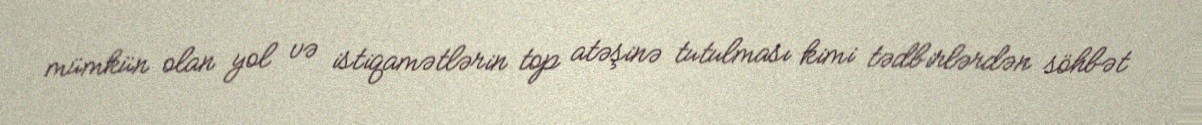
mümkün olan yol və istiqamətlərin top atəşinə tutulması kimi tədbirlərdən söhbət